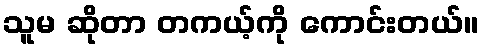
သူမ ဆိုတာ တကယ့်ကို ကောင်းတယ်။